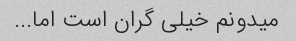
میدونم خیلی گران است اما...